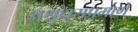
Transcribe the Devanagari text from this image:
अश्रुधुराप्रमाणे